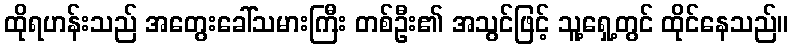
ထိုရဟန်းသည် အတွေးခေါ်သမားကြီး တစ်ဦး၏ အသွင်ဖြင့် သူ့ရှေ့တွင် ထိုင်နေသည်။